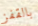
بالقفز